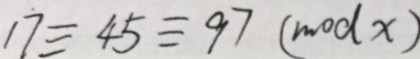
1 7 \equiv 4 5 \equiv 9 7 ( m o d x )